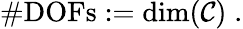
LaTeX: \# \mathrm{DOFs}:=\mathrm{dim}(\mathcal{C})\; .